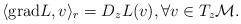
LaTeX: \begin{align*}\langle \mathrm{grad} L,v\rangle_r=D_zL(v),\forall v\in T_z\mathcal{M}. \end{align*}